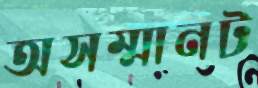
অসম্মানট